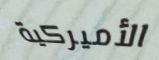
الأميركية